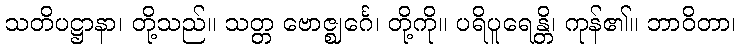
သတိပဋ္ဌာနာ၊ တို့သည်။ သတ္တ ဗောဇ္ဈင်္ဂေ၊ တို့ကို။ ပရိပူရေန္တိ၊ ကုန်၏။ ဘာဝိတာ၊